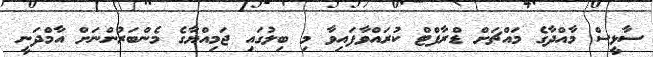
ސާޅީސް މާއްދާގެ މައްޗަށް ޑްރާފްޓް ކުރައްވާފައިވާ މި ބިލުގައި ޖަމިއްޔާގެ މެންބަރުންނަށް އާމްދަނީ